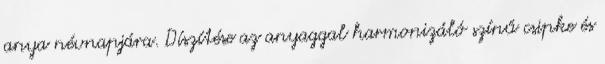
anya névnapjára. Díszítése az anyaggal harmonizáló színű csipke és